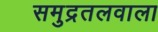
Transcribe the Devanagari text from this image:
समुद्रतलवाला